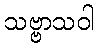
သဗ္ဗာသဝါ